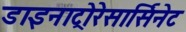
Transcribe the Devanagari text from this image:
डाइनाट्रोरेसार्सिनेट